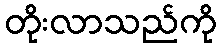
တိုးလာသည်ကို